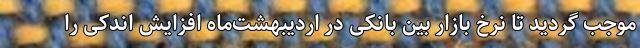
موجب گردید تا نرخ بازار بین بانکی در اردیبهشت‌ماه افزایش اندکی را